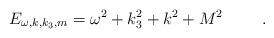
LaTeX: \begin{align*}E_{\omega, k, k_3, m} = \omega^2 +k_3^2 +k^2 +M^2 \hspace{1cm} .\end{align*}